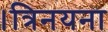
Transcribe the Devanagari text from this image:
।त्रिनयना